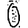
Digit: 0